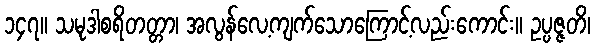
၁၄၇။ သမုဒါစရိတတ္တာ၊ အလွန်လေ့ကျက်သောကြောင့်လည်းကောင်း။ ဥပ္ပဇ္ဇတိ၊